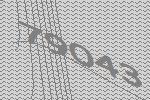
79043